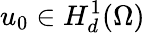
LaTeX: u_{0}\in H_{d}^{1}(\Omega)